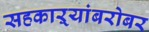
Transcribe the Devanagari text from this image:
सहकाऱ्यांबरोबर